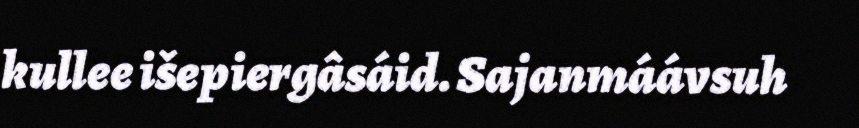
kullee išepiergâsáid. Sajanmáávsuh